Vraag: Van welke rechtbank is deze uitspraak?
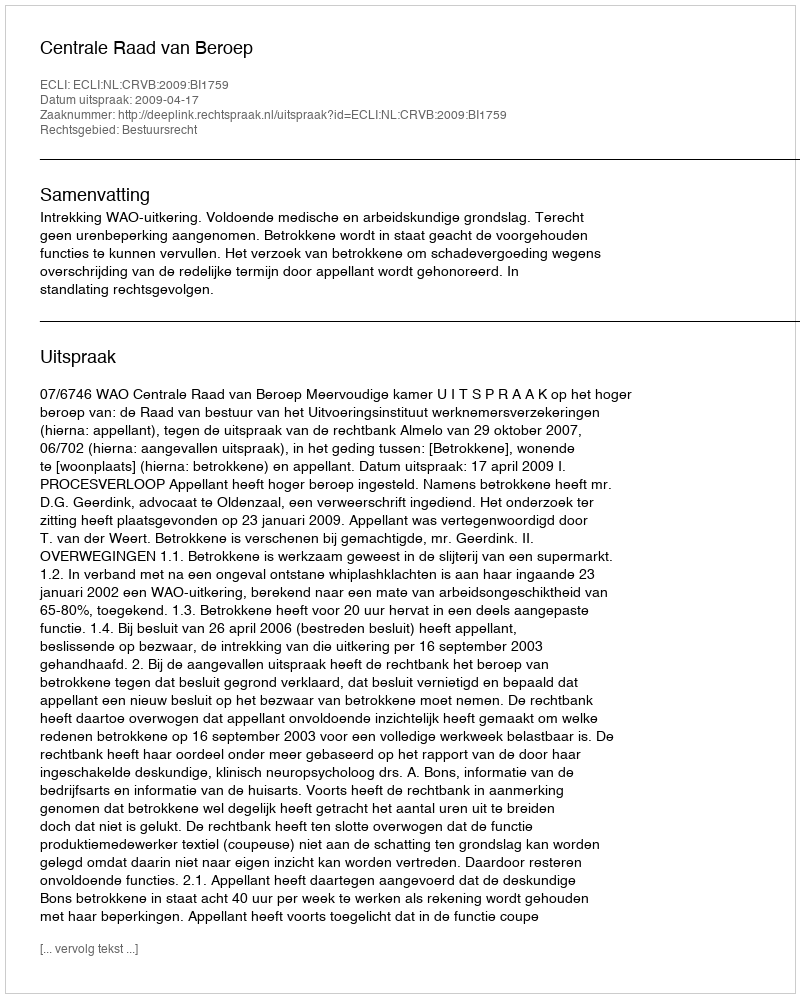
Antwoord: Centrale Raad van Beroep